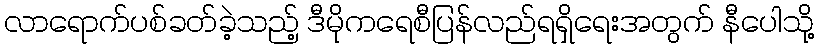
လာရောက်ပစ်ခတ်ခဲ့သည့် ဒီမိုကရေစီပြန်လည်ရရှိရေးအတွက် နီပေါသို့